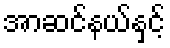
အာဆင်နယ်နှင့်